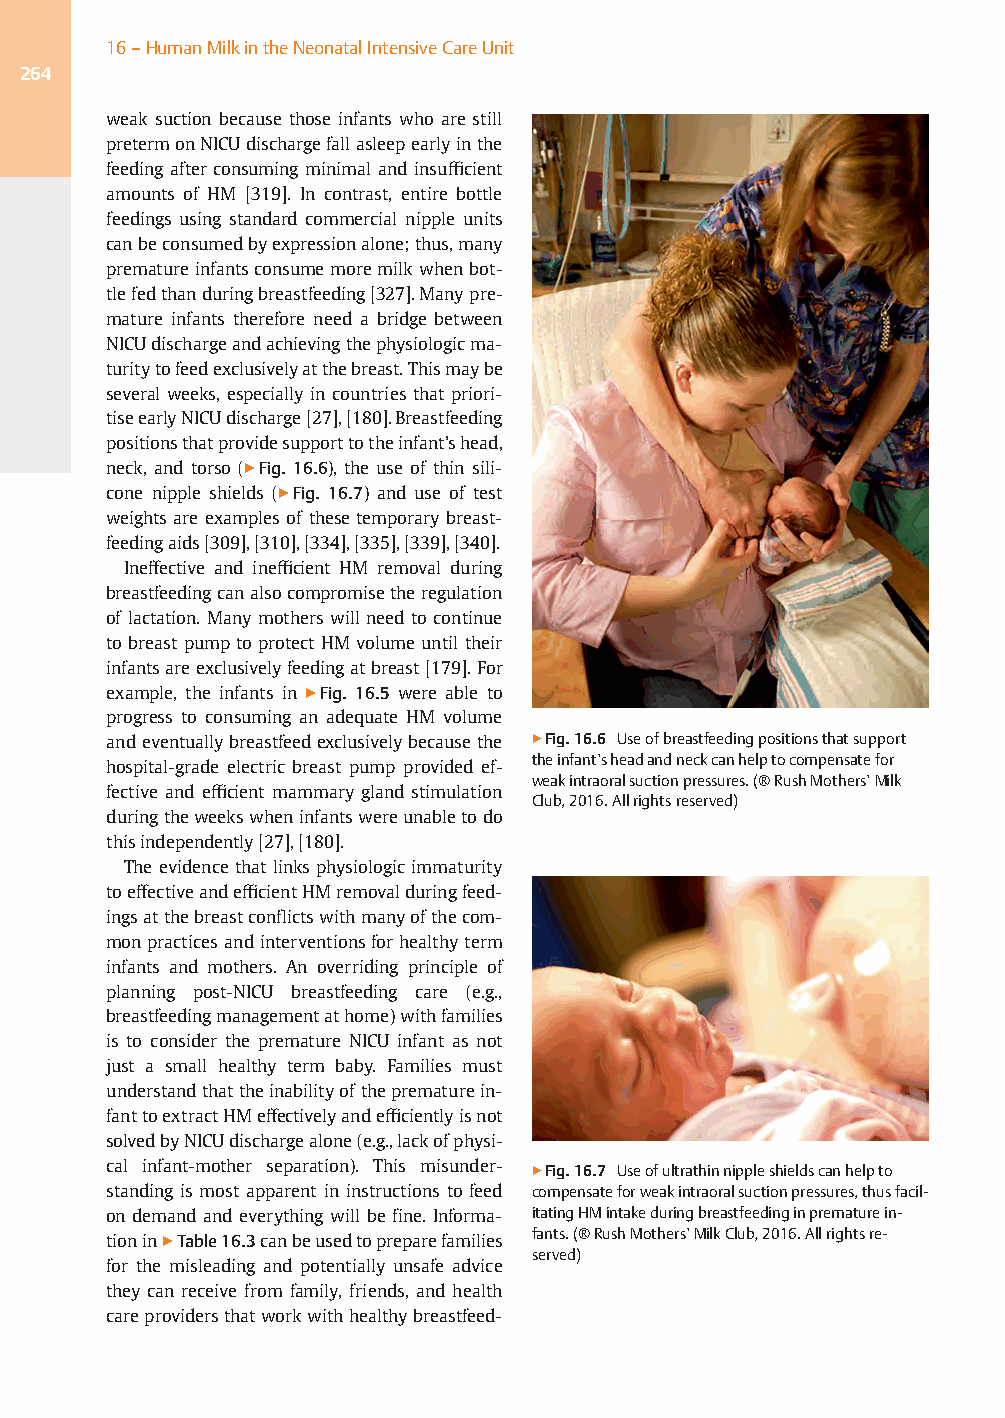
16–HumanMilkintheNeonatalIntensiveCareUnit
 264
 weak suction because those infants who are still
 pretermonNICUdischargefallasleepearlyinthe
 feeding after consuming minimal and insufficient
 amounts of HM [319]. In contrast, entire bottle
 feedings using standard commercial nipple units
 canbeconsumedbyexpressionalone;thus,many
 prematureinfantsconsumemoremilkwhenbot-
 tlefedthanduringbreastfeeding[327].Manypre-
 mature infants therefore need a bridge between
 NICUdischargeandachievingthephysiologicma-
 turitytofeedexclusivelyatthebreast.Thismaybe
 several weeks, especially in countries that priori-
 tiseearlyNICUdischarge[27],[180].Breastfeeding
 positionsthatprovidesupporttotheinfant’shead,
 neck, and torso (▶Fig. 16.6), the use of thin sili-
 cone nipple shields (▶Fig. 16.7) and use of test
 weights are examples of these temporary breast-
 feedingaids[309],[310],[334],[335],[339],[340].
 Ineffective and inefficient HM removal during
 breastfeedingcanalsocompromisetheregulation
 of lactation. Many mothers will need to continue
 to breast pumpto protect HM volume until their
 infantsareexclusivelyfeedingatbreast[179].For
 example, the infants in ▶Fig. 16.5 were able to
 progress to consuming an adequate HM volume
 andeventuallybreastfeedexclusivelybecausethe ▶Fig.16.6 Useofbreastfeedingpositionsthatsupport
 theinfant’sheadandneckcanhelptocompensatefor
 hospital-grade electric breast pump provided ef-
 weakintraoralsuctionpressures.(®RushMothers’Milk
 fective and efficient mammary gland stimulation
 Club,2016.Allrightsreserved)
 duringtheweekswheninfantswereunabletodo
 thisindependently[27],[180].
 The evidence that links physiologic immaturity
 toeffectiveandefficientHMremovalduringfeed-
 ingsatthebreastconflictswithmanyofthecom-
 monpracticesand interventionsforhealthyterm
 infants and mothers. An overriding principle of
 planning post-NICU breastfeeding care (e.g.,
 breastfeedingmanagementathome)withfamilies
 is to consider the premature NICU infant as not
 just a small healthy term baby. Families must
 understandthattheinabilityoftheprematurein-
 fanttoextractHMeffectivelyandefficientlyisnot
 solvedbyNICUdischargealone(e.g.,lackofphysi-
 cal infant-mother separation). This misunder- ▶Fig.16.7 Useofultrathinnippleshieldscanhelpto
 standing is most apparent in instructions to feed compensateforweakintraoralsuctionpressures,thusfacil-
 on demand and everything will befine. Informa- itatingHMintakeduringbreastfeedinginprematurein-
 tionin▶Table16.3canbeusedtopreparefamilies
 fants.(®RushMothers’MilkClub,2016.Allrightsre-
 served)
 for the misleading and potentially unsafe advice
 they can receive from family, friends, and health
 careprovidersthatworkwithhealthybreastfeed-